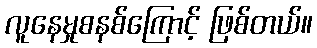
လူနေမှုစနစ်ကြောင့် ဖြစ်တယ်။